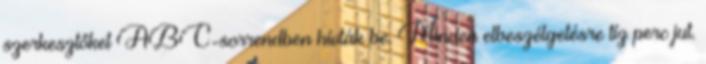
szerkesztőket ABC-sorrendben hívták be. Minden elbeszélgetésre tíz perc jut.